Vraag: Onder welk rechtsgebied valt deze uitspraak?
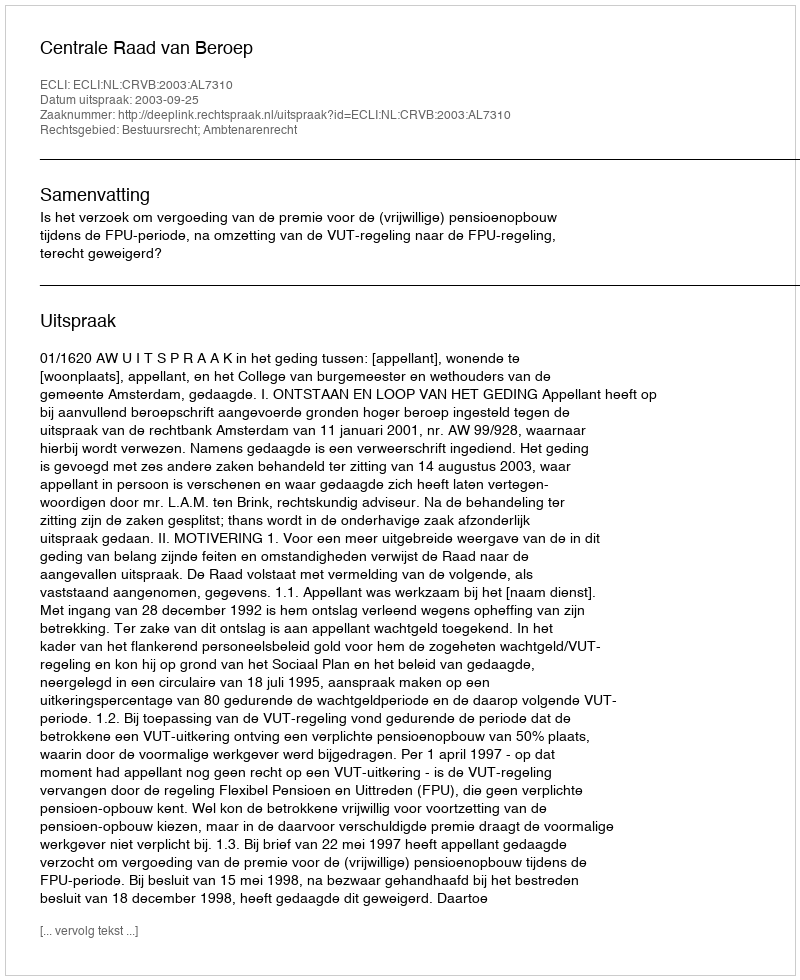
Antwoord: Bestuursrecht; Ambtenarenrecht